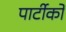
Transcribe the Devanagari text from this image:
पार्टीको